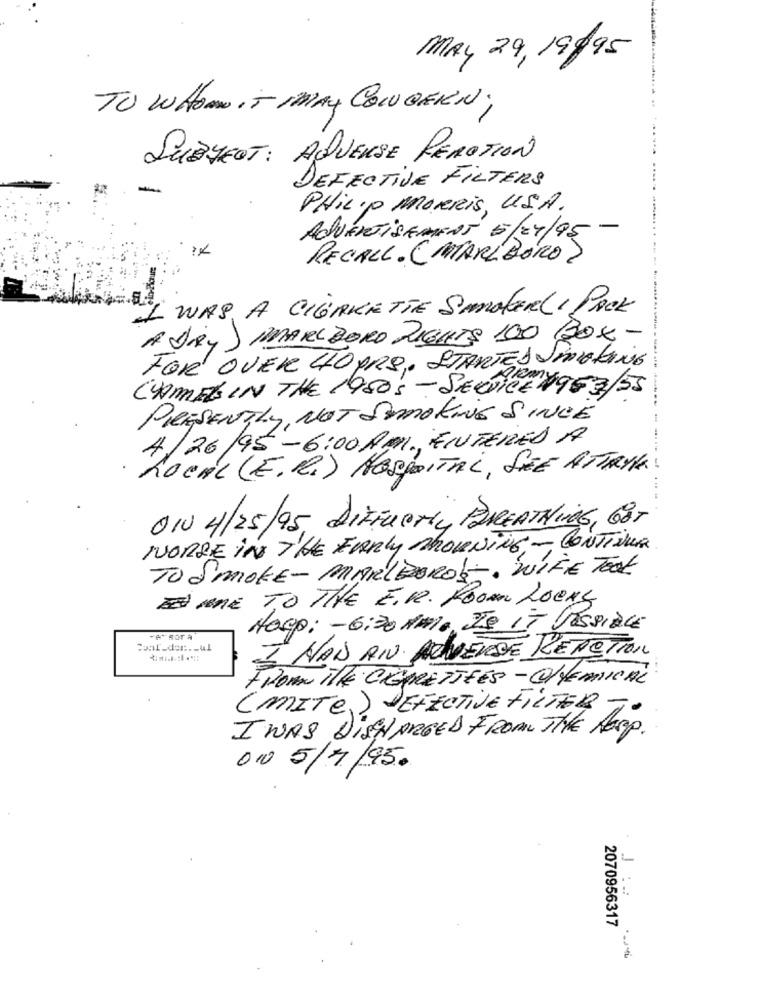
MRY 29, 19995
TO WHOM IT MAY CONCERN;
SUBJECT: AQUERSE PEROTION
DEFECTIVE FILTERS
PHILIP MORRIS, USA.
ADVERTISEMENT 5/07/95 -
RECALL. ( MARLBORO)
I WAS A CIGARETTE SMOKERLI PACK
A diRy ) MMARLBORO RIGHTS 100 BOX -
FOR OVER 40 PRO, STARTED SMOKING
CAMEL IN THE 1950s- SERVICE 1963/55
PRESENTLY, NOT SEMORING SINCE
4/26/95 - 6:00 AMI. FINTERED A
LOCAL (E. R.) HOSPITAL, SEE ATTRYK
OIN 4/25/95, DIFUOriy BREATHING, GOT
NORGE IN THE Early MORNING - CONTINUA
TO SMOKE- MARLBOROS -. WIFE TOOK
ES ME TO THE E.R. HOM LOENS
Hocp: - 6:30 AM. IS IT POSSIBLE
-A" sor A
I HAD AN. NOMEUDE REACTION
FROM THE CIENRETTEES - CIVEMICAL
(MITe,) DEFECTIVE FILTER
I WAS DISCHARGED FROM THE AEP.
ON 5/4/95.
2070956317